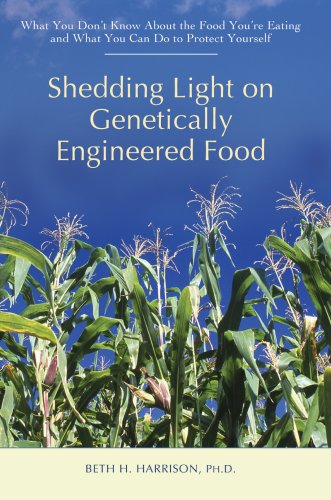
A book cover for Shedding Light on Genetically Engineered Food: What You DonEEt Know About the Food YouEEre Eating and What You Can Do to Protect Yourself; Beth Harrison; Health, Fitness & Dieting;